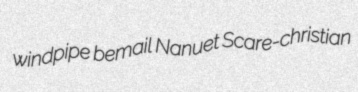
windpipe bemail Nanuet Scare-christian